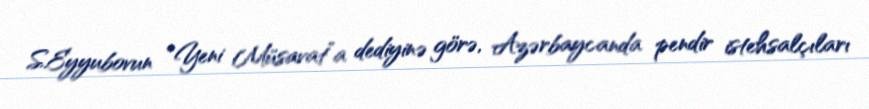
S.Eyyubovun “Yeni Müsavat”a dediyinə görə, Azərbaycanda pendir istehsalçıları